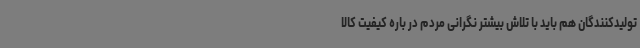
تولیدکنندگان هم باید با تلاش بیشتر نگرانی مردم در باره کیفیت کالا